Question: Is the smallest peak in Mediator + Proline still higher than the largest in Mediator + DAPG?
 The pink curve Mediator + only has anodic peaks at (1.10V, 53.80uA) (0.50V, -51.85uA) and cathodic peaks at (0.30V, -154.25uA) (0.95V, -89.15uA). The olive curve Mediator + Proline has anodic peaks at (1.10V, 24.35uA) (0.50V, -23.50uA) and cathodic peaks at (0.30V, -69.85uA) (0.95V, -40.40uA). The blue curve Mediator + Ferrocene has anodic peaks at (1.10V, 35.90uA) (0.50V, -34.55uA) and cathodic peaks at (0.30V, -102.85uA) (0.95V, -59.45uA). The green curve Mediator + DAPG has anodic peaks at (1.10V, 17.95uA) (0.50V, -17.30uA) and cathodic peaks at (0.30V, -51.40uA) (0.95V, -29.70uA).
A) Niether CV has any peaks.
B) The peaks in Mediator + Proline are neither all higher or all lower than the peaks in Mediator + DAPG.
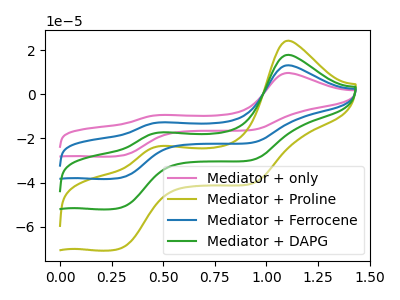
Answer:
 <answer>B) The peaks in "Mediator + Proline" are neither all higher or all lower than the peaks in "Mediator + DAPG".</answer>
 <eval>B</eval>